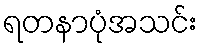
ရတနာပုံအသင်း